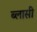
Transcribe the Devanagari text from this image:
ब्लासी